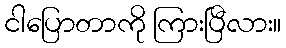
ငါပြောတာကို ကြားပြီလား။